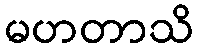
မဟတာသိ